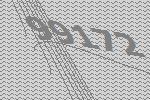
99172